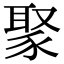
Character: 𬥁